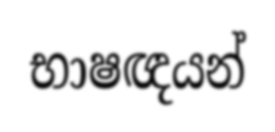
භාෂඥයන්